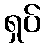
ရှပ်